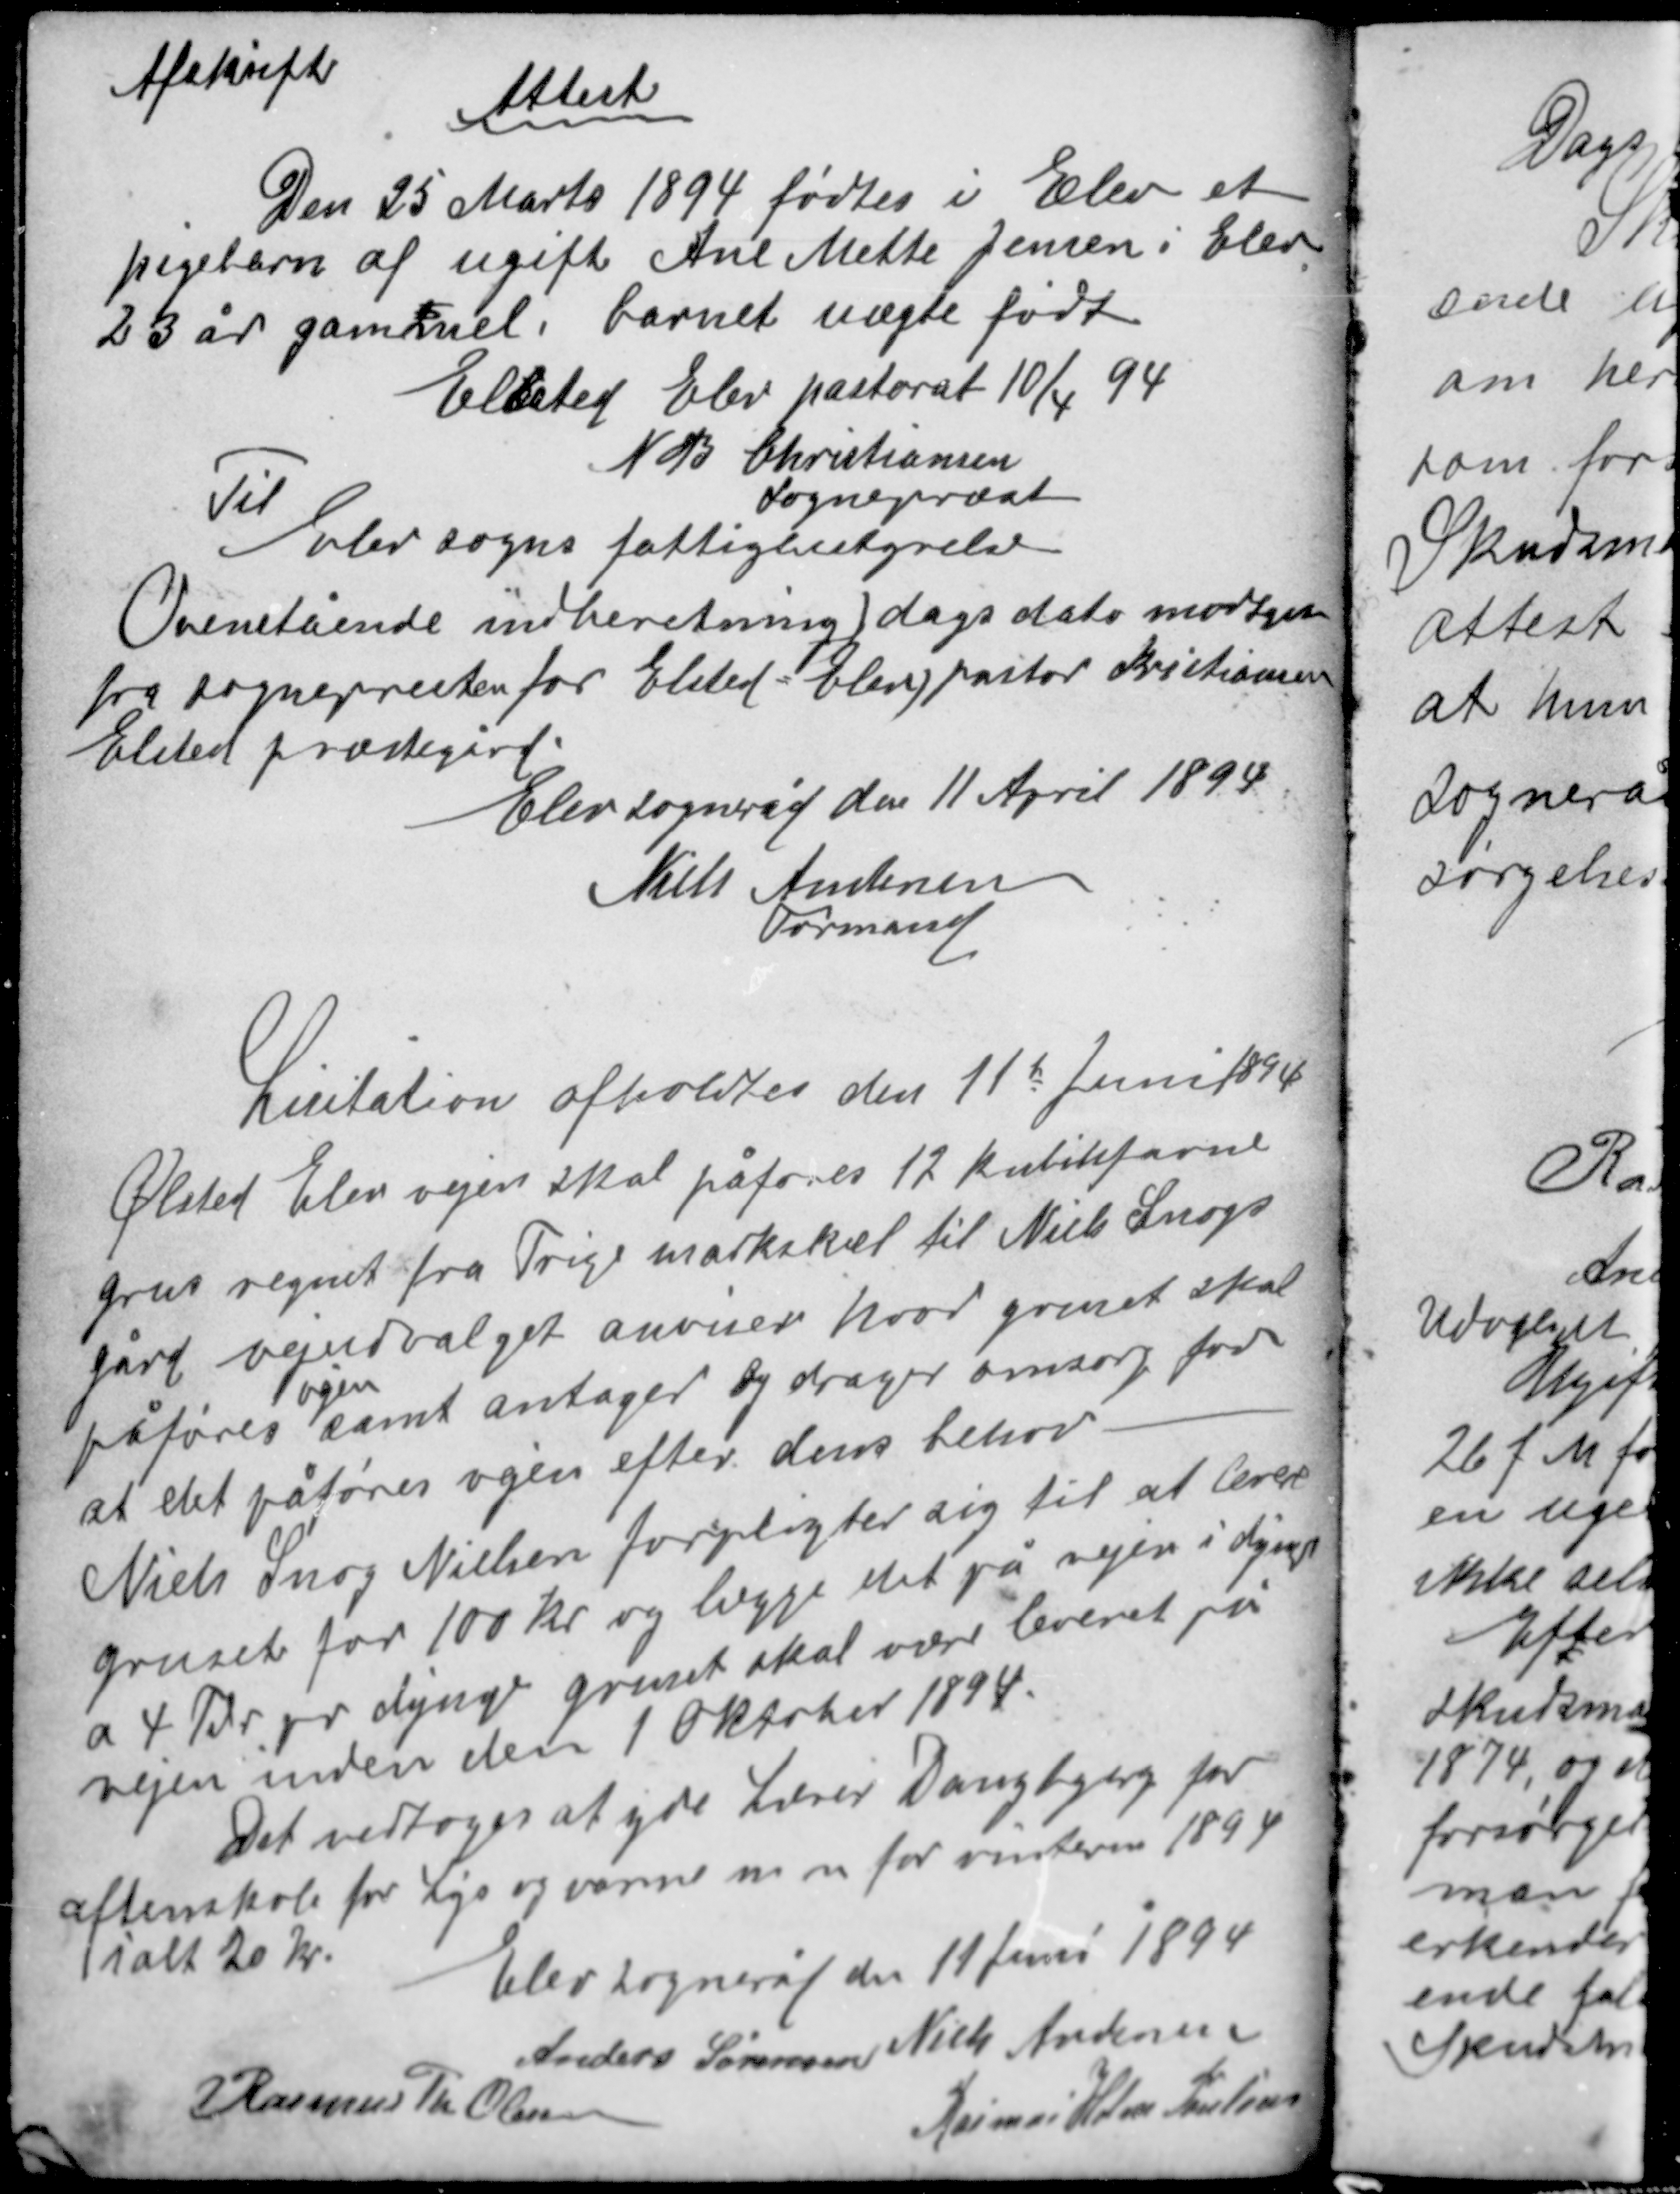
Transskription:
Afskrift

Attest

Den 25 Marts 1894 fødtes i Elev et
pigebarn af ugift Ane Mette Jensen i Elev
23 år gammel. barnet uægte født
Elsted Elev pastorat 10/4 94
N B Christiansen
Sognepræst
Til
Elev sogns fattigbestyrelse

Ovenstående underretning dags dato morgen
fra sognepræsten for Elsted - Elev pastor Kristiansen
Elsted præstegård
Elev sogneråd den 11 April 1894
Niels Andersen
Formand

Lisitation afholdtes den 11te Juni 1894
Ølsted Elev vejen skal påføres 12 kubikfavne
grus regnet fra Trige markskel til Niels Snogs
gård vejudvalget anviser hvor gruset skal
vejen
påføres samt antager og drager omsorg for
at det påføres vejen efter dens behov.
Niels Snog Nielsen forpligter sig til at levere
gruset for 100 kr og lægge det på vejen i dynger
a 4 Td pr dynge gruset skal være leveret på
vejen inden den 1 Oktober 1894.

Det vedtoges at yde Lærer Daugbjerg for
aftenskole for Leje og varme mm for vinteren 1894
ialt 20 kr.
Elev sogneråd den 11 Juni 1894
Anders Sørensen Niels Andersen
Rasmus Th Olesen
Rasmus Holm Poulsen